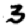
Digit: 3